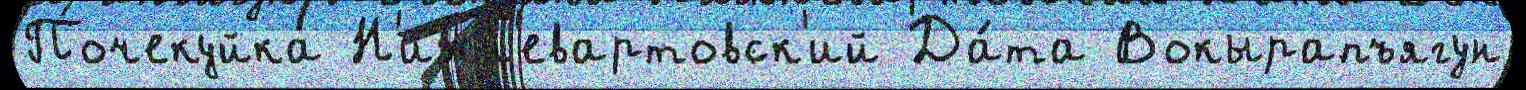
Почекуйка Н'ижн'евартовск'ий Да́та Вокырапъягун